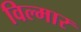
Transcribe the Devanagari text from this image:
विल्मार